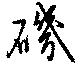
磯